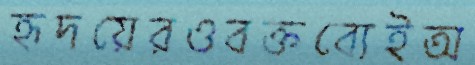
হৃদয়েরওবক্তব্যেইঅ